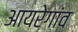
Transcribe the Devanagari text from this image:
आयरेगांव